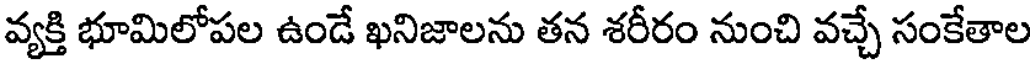
వ్యక్తి భూమిలోపల ఉండే ఖనిజాలను తన శరీరం నుంచి వచ్చే సంకేతాల